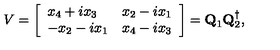
V = \left[ \begin{array} { l l } { x _ { 4 } + i x _ { 3 } } & { x _ { 2 } - i x _ { 1 } } \\ { - x _ { 2 } - i x _ { 1 } } & { x _ { 4 } - i x _ { 3 } } \\ \end{array} \right] = { \bf Q } _ { 1 } { \bf Q } _ { 2 } ^ { \dagger } ,